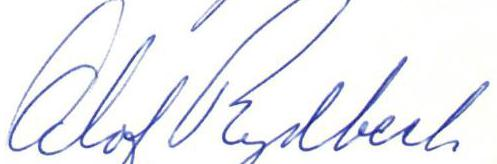
Olof Rydbeck